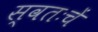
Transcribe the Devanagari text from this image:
स्वतःचें